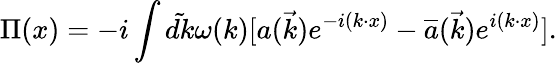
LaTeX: \Pi(x)=-i\int\tilde{dk}\omega(k)[a(\vec{k})e^{-i(k\cdot x)}-{\overline{{{a}}}}(\vec{k})e^{i(k\cdot x)}].